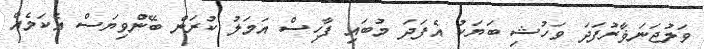
ވަލުޖަނަޥާރުފަދަ ވަހުޝި ބަޔަކު އެފަދަ މުބައި ފާހިސް އަމަލު ކުރަން ބޭނުްވިޔަސް އެކަމެއް